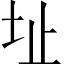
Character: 址